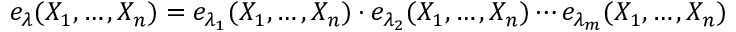
e _ { \lambda } ( X _ { 1 } , \dots , X _ { n } ) = e _ { \lambda _ { 1 } } ( X _ { 1 } , \dots , X _ { n } ) \cdot e _ { \lambda _ { 2 } } ( X _ { 1 } , \dots , X _ { n } ) \cdots e _ { \lambda _ { m } } ( X _ { 1 } , \dots , X _ { n } )